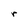
Character: r